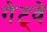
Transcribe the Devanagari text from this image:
गेट्वे